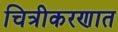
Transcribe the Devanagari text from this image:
चित्रीकरणात